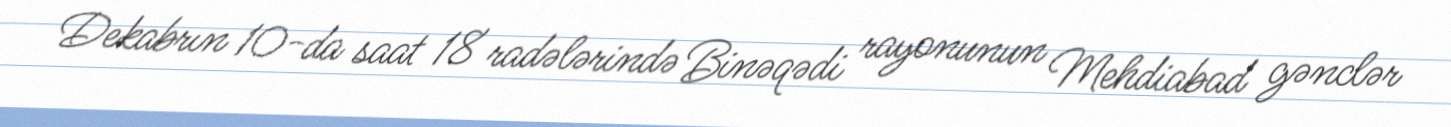
Dekabrın 10-da saat 18 radələrində Binəqədi rayonunun Mehdiabad gənclər